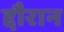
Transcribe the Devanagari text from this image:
द्दौरान